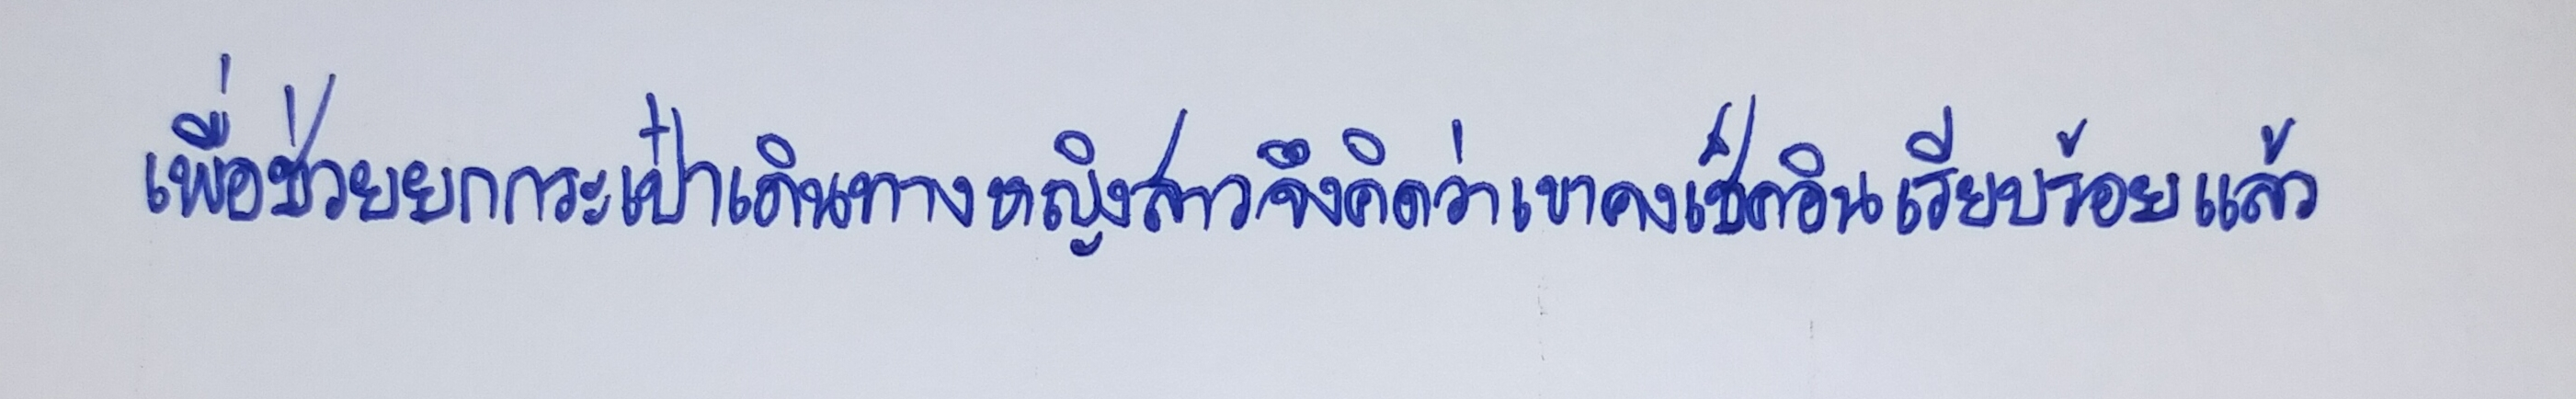
เพื่อช่วยยกกระเป๋าเดินทางหญิงสาวจึงคิดว่าเขาคงเช็คอินเรียบร้อยแล้ว